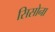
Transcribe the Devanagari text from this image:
सिसोना